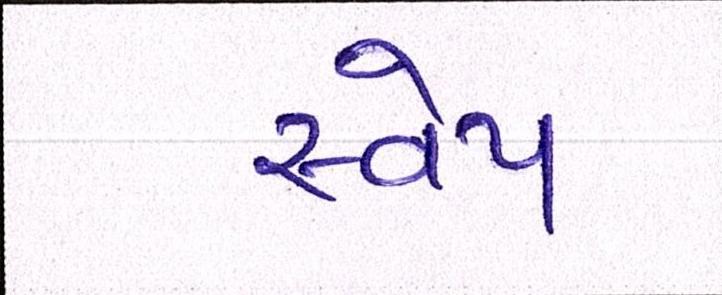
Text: સ્વેપ